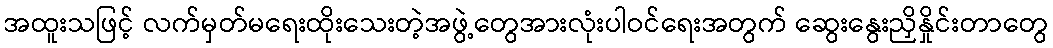
အထူးသဖြင့် လက်မှတ်မရေးထိုးသေးတဲ့အဖွဲ့တွေအားလုံးပါဝင်ရေးအတွက် ဆွေးနွေးညှိနှိုင်းတာတွေ